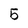
Character: 5